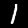
Label: 1